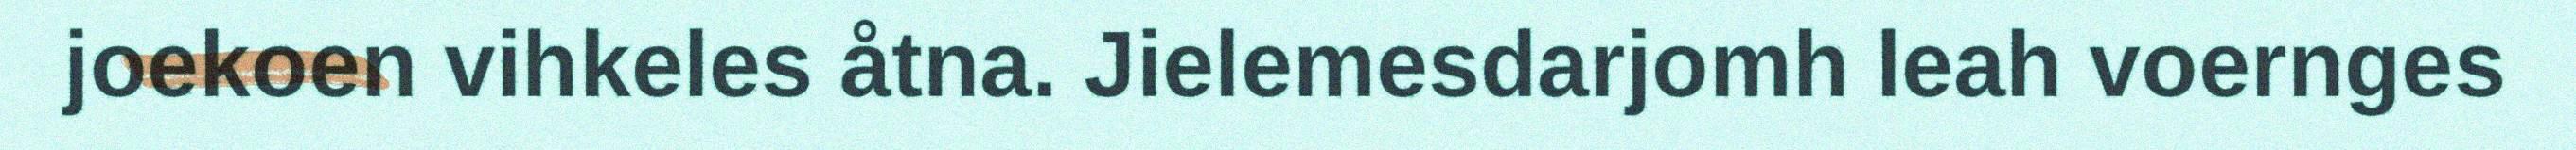
joekoen vihkeles åtna. Jielemesdarjomh leah voernges